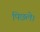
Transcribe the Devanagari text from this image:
पिछले।